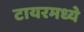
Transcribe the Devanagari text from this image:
टायरमध्ये